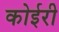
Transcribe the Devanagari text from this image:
कोईरी